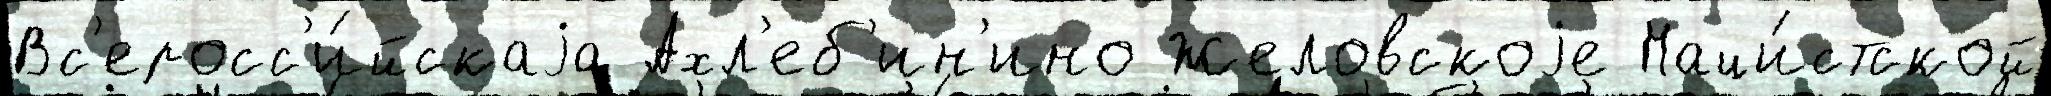
Вс'еросс'и́йскаjа Ахл'еб'ин'ино Желовскоjе Наци́стской